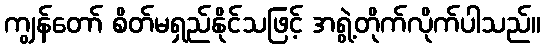
ကျွန်တော် စိတ်မရှည်နိုင်သဖြင့် အရွဲ့တိုက်လိုက်ပါသည်။